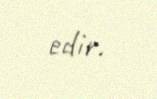
edir.